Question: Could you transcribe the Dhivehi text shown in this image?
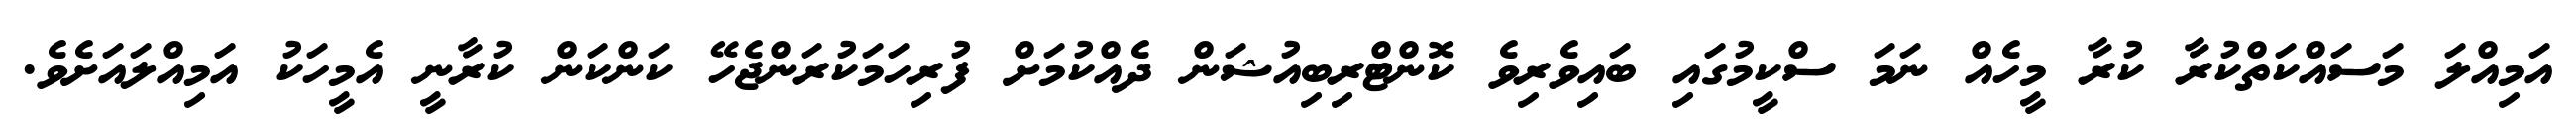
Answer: އަމިއްލަ މަސައްކަތްކުރާ ކުރާ މީހެއް ނަމަ ސްކީމުގައި ބައިވެރިވެ ކޮންޓްރިބިއުޝަން ދެއްކުމަށް ފުރިހަމަކުރަންޖެހޭ ކަންކަން ކުރާނީ އެމީހަކު އަމިއްލައަށެވެ.